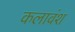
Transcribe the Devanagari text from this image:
कलावंश